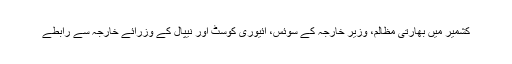
کشمیر میں بھارتی مظالم، وزیر خارجہ کے سوئس، آئیوری کوسٹ اور نیپال کے وزرائے خارجہ سے رابطے